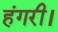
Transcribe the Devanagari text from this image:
हंगरी।